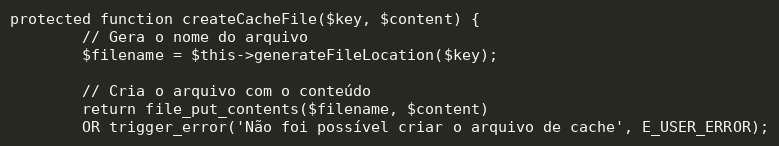
Language: PHP
protected function createCacheFile($key, $content) {
        // Gera o nome do arquivo
        $filename = $this->generateFileLocation($key);

        // Cria o arquivo com o conteúdo
        return file_put_contents($filename, $content)
        OR trigger_error('Não foi possível criar o arquivo de cache', E_USER_ERROR);